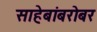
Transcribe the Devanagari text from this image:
साहेबांबरोबर